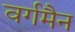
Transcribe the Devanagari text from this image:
वर्गमैन